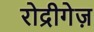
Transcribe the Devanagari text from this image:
रोद्रीगेज़